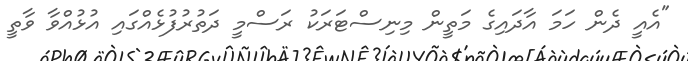
"އެއީ ދެން ހަމަ އާދައިގެ މަތީން މިނިސްޓަރަކު ރަސްމީ ދަތުރުފުޅެއްގައި އުޅުއްވާ ވާތީ